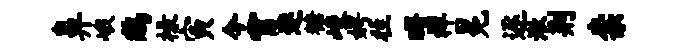
鼻峨鸱禄寅今霄迷糖峻娉往曙祥冕逐漱荆柰